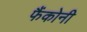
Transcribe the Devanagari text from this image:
फैंकोनी